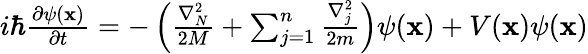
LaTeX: \begin{array}{r}{i\hbar\frac{\partial\psi(\mathbf{x})}{\partial t}=-\left(\frac{\nabla_{N}^{2}}{2M}+\sum_{j=1}^{n}\frac{\nabla_{j}^{2}}{2m}\right)\psi(\mathbf{x})+V(\mathbf{x})\psi(\mathbf{x})}\end{array}